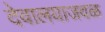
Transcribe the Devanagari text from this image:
देवालयाजवळ